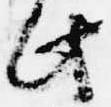
此